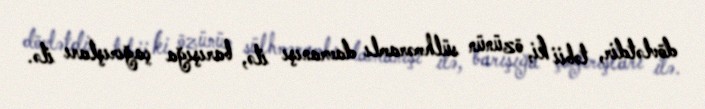
dövlətdir, təbii ki, özünün sülhməramlı davranışı ilə, barışığa çağırışları ilə.